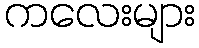
ကလေးများ